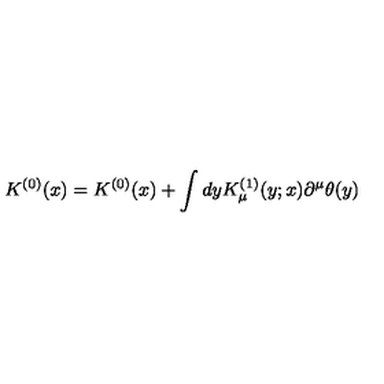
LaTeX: K ^ { ( 0 ) } ( x ) = K ^ { ( 0 ) } ( x ) + \int d y K _ { \mu } ^ { ( 1 ) } ( y ; x ) \partial ^ { \mu } \theta ( y )